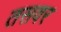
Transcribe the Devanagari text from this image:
तसवर